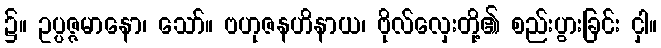
၌။ ဥပ္ပဇ္ဇမာနော၊ သော်။ ဗဟုဇနဟိနာယ၊ ဗိုလ်လှေးတို့၏ စည်းပွားခြင်း ငှါ။